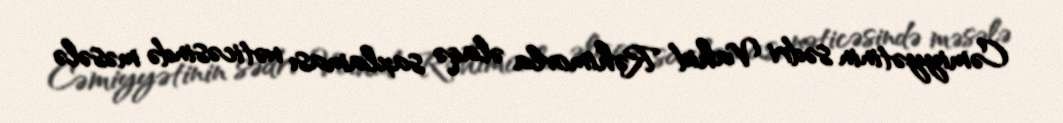
Cəmiyyətinin sədri Vahid Rəhimovla əlaqə saxlaması nəticəsində məsələ